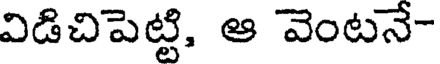
విడిచిపెట్టి, ఆ వెంటనే-